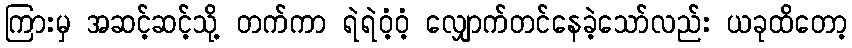
ကြားမှ အဆင့်ဆင့်သို့ တက်ကာ ရဲရဲဝံ့ဝံ့ လျှောက်တင်နေခဲ့သော်လည်း ယခုထိတော့